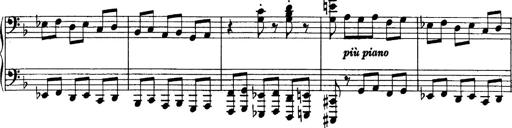
Title: Sonatina No.6
Composer: Ferruccio Busoni